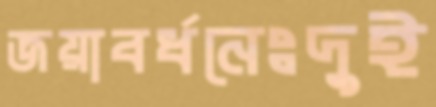
জয়াবর্ধনেঃদুই